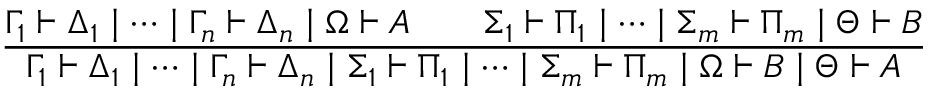
{ \frac { \Gamma _ { 1 } \vdash \Delta _ { 1 } \mid \dots \mid \Gamma _ { n } \vdash \Delta _ { n } \mid \Omega \vdash A \qquad \Sigma _ { 1 } \vdash \Pi _ { 1 } \mid \dots \mid \Sigma _ { m } \vdash \Pi _ { m } \mid \Theta \vdash B } { \Gamma _ { 1 } \vdash \Delta _ { 1 } \mid \dots \mid \Gamma _ { n } \vdash \Delta _ { n } \mid \Sigma _ { 1 } \vdash \Pi _ { 1 } \mid \dots \mid \Sigma _ { m } \vdash \Pi _ { m } \mid \Omega \vdash B \mid \Theta \vdash A } }